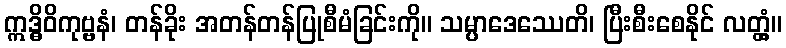
ဣဒ္ဓိဝိကုဗ္ဗနံ၊ တန်ခိုး အတန်တန်ပြုစီမံခြင်းကို။ သမ္ပာဒေဿေတိ၊ ပြီးစီးစေနိုင် လတ္တံ့။